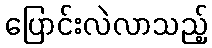
ပြောင်းလဲလာသည့်